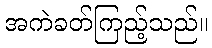
အကဲခတ်ကြည့်သည်။